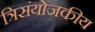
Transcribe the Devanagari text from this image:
त्रिसंयोजकीय